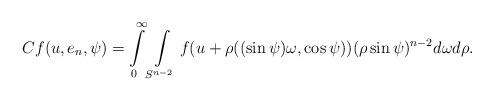
LaTeX: \begin{align*}Cf(u, e_n, \psi)=\int\limits_0^\infty \int\limits_{S^{n-2}} f(u+ \rho((\sin\psi) \omega,\cos \psi))(\rho \sin\psi)^{n-2}d\omega d\rho.\end{align*}